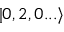
| 0 , 2 , 0 . . . \rangle